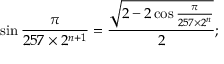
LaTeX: \sin { \frac { \pi } { 2 5 7 \times 2 ^ { n + 1 } } } = { \frac { \sqrt { 2 - 2 \cos { \frac { \pi } { 2 5 7 \times 2 ^ { n } } } } } { 2 } } ;